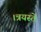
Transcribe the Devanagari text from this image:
।त्रयस्ते